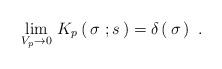
LaTeX: \begin{align*}\lim_{V_p\to 0}\, K_p\left(\, \sigma \ ; s\,\right)=\delta\left(\, \sigma\,\right)\ .\end{align*}